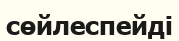
сөйлеспейді